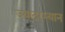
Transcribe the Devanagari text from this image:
ज्यांदरम्यान